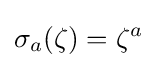
\sigma _{a}(\zeta )=\zeta ^{a}